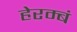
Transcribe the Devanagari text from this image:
हेरम्बं